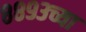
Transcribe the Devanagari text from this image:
८८९३च्या